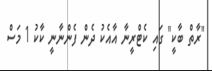
"ރާތް ބާކީ" ގައި ކެޓްރީނާ އާއެކު ދެން ފެންނާނީ ކާކު 1 މަސް